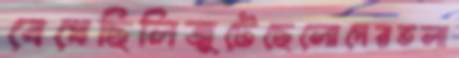
বেধেছিলিজুটেছেলোদেরতলা